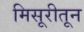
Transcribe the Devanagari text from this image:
मिसूरीतून